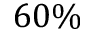
6 0 \%